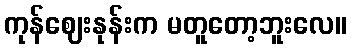
ကုန်ဈေးနုန်းက မတူတော့ဘူးလေ။